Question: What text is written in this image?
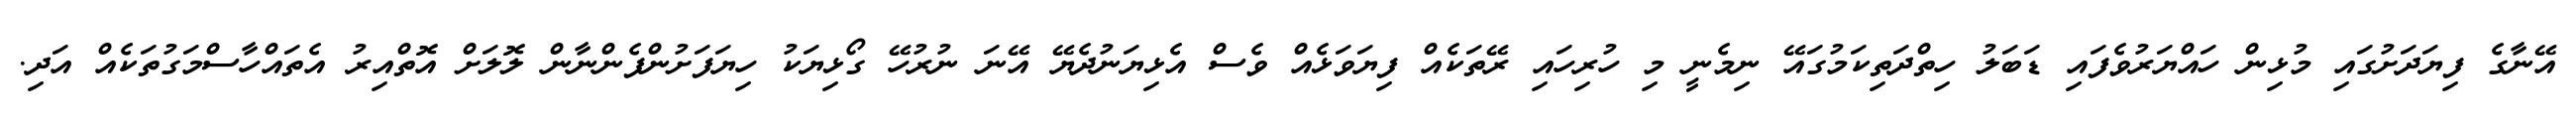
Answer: އޭނާގެ ފިޔަދަށުގައި މުޅިން ހައްޔަރުވެފައި ޑަބަލު ހިތްދަތިކަމުގައޭ ނިމެނީ މި ހުރިހައި ރޭތަކެއް ފިޔަވަޅެއް ވެސް އެޅިޔަނުދެޔޭ އޭނަ ނުރުހޭ ގޯޅިޔަކު ހިޔަފަށުންފެންނާން ލޮލަށް އޮތްއިރު އެތައްހާސްމަގުތަކެއް އަދި.